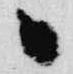
日